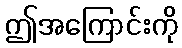
ဤအကြောင်းကို